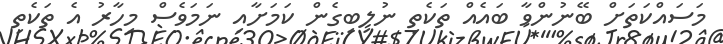
މަސައްކަތަށް ބޭނުންވާ ބައެއް ތަކެތި ނުލިބިގެން ކަމަށާއި ނަމަވެސް މިހާރު އެ ތަކެތި